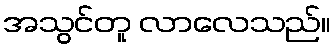
အသွင်တူ လာလေသည်။